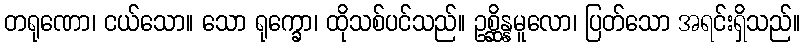
တရုဏော၊ ငယ်သော။ သော ရုက္ခော၊ ထိုသစ်ပင်သည်။ ဥစ္ဆိန္နမူလော၊ ပြတ်သော အရင်းရှိသည်။